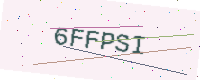
Text: 6FFPSI